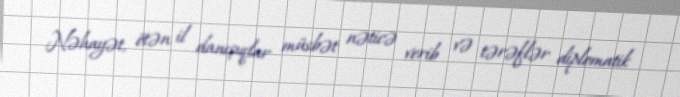
Nəhayət, ötən il danışıqlar müsbət nəticə verib və tərəflər diplomatik